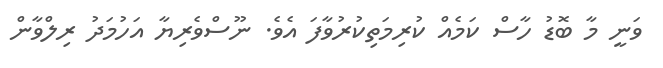
ވަނީ މާ ބޮޑު ހާސް ކަމެއް ކުރިމަތިކުރުވާފަ އެވެ. ނޫސްވެރިޔާ އަހުމަދު ރިލްވާން